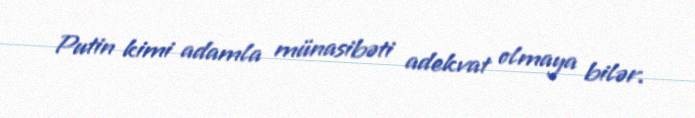
Putin kimi adamla münasibəti adekvat olmaya bilər.